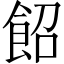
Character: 䬰